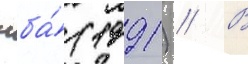
нба́ (1991) // В